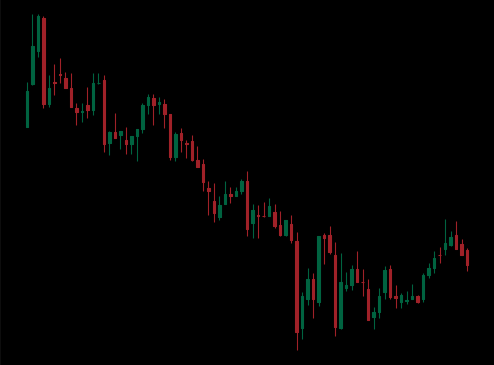
Pattern: bull_flag